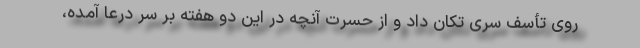
روی تأسف سری تکان داد و از حسرت آنچه در این دو هفته بر سر درعا آمده،